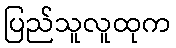
ပြည်သူလူထုက